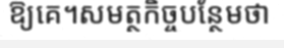
ឱ្យគេ។សមត្ថកិច្ចបន្ថែមថា